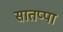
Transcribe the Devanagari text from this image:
सातप्पा